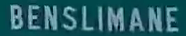
BENSLIMANE